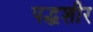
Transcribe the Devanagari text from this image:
पद्धशीर